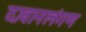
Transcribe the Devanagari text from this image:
दावानलंगण